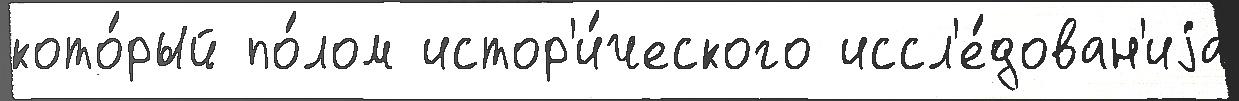
кото́рый по́лом истор'и́ческого иссл'е́дован'иjа